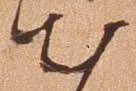
出